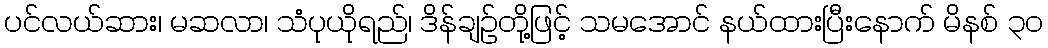
ပင်လယ်ဆား၊ မဆလာ၊ သံပုယိုရည်၊ ဒိန်ချဉ်တို့ဖြင့် သမအောင် နယ်ထားပြီးနောက် မိနစ် ၃၀